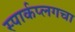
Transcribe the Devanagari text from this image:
स्पार्कप्लगचा